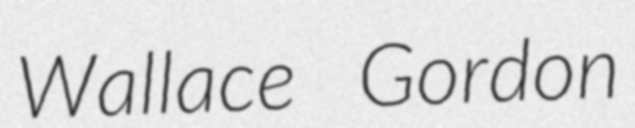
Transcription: Wallace Gordon